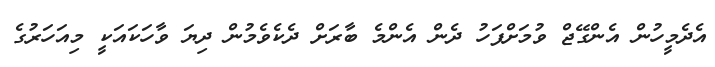
އެދެމީހުން އެންގޭޖް ވުމަށްފަހު ދެން އެންމެ ބާރަށް ދެކެވެމުން ދިޔަ ވާހަކައަކީ މިއަހަރުގެ